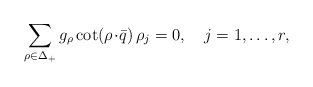
\begin{align*}\sum_{\rho\in\Delta_+}g_{\rho}\cot(\rho\!\cdot\!\bar{q})\,\rho_j=0,\quad j=1,\ldots,r,\end{align*}